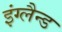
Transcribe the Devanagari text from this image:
इंग्लैन्ड